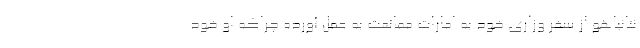
نتانیاهو از سفر وزاری خود به امارات ممانعت به عمل آورده چراکه او خود